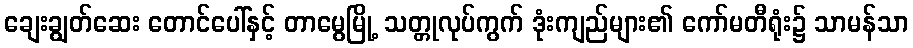
ချေးချွတ်ဆေး တောင်ပေါ်နှင့် တာမွေမြို့ သတ္တုလုပ်ကွက် ဒုံးကျည်များ၏ ကော်မတီရုံး၌ သာမန်သာ